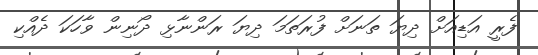
ފެރީ އަޑިއަށް ދިޔަ ތަނަށް ފުރަތަމަ ދިޔަ ރަންނާޅި ދޯނިން ވާހަކަ ދެއްކި